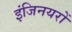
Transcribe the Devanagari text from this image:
इंजिनयरों